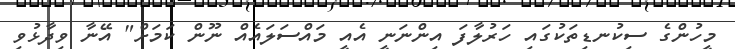
މީހުންގެ ސިކުނޑިތަކުގައި ހަރުލާފަ އިންނަނީ އެއީ މައްސަލައެއް ނޫން ކަމަށް" އޭނާ ވިދާޅުވި